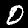
Digit: 0